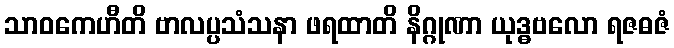
သာဝကေဟီတိ ဗာလပ္ပသံသနာ ဖရထာတိ နိဂ္ဂုဏာ ယုဒ္ဓဗလော ရဇဓဇံ